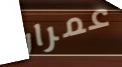
عمران